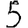
Digit: 5